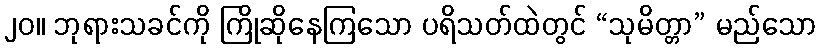
၂၀။ ဘုရားသခင်ကို ကြိုဆိုနေကြသော ပရိသတ်ထဲတွင် “သုမိတ္တာ” မည်သော